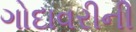
ગોદાવરીની